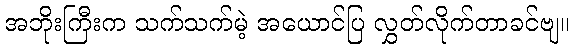
အဘိုးကြီးက သက်သက်မဲ့ အယောင်ပြ လွှတ်လိုက်တာခင်ဗျ။